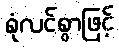
စုံလင်စွာဖြင့်